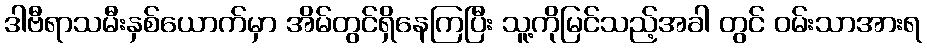
ဒါဗီရာသမီးနှစ်ယောက်မှာ အိမ်တွင်ရှိနေကြပြီး သူ့ကိုမြင်သည့်အခါ တွင် ဝမ်းသာအားရ